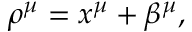
\rho ^ { \mu } = x ^ { \mu } + \beta ^ { \mu } ,